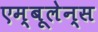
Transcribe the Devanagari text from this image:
एम्‍बूलेन्‍स